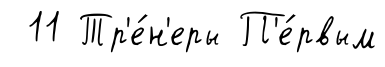
11 Тр'е́н'еры П'е́рвым